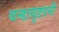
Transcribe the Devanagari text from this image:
थन्डायुडपनी